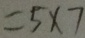
= 5 \times 7